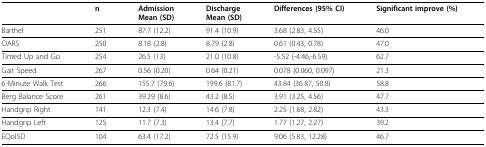
<table><thead><tr><td></td><td><b>n</b></td><td><b>AdmissionMean (SD)</b></td><td><b>DischargeMean (SD)</b></td><td><b>Differences (95% CI)</b></td><td><b>Significant improve (%)</b></td></tr></thead><tbody><tr><td>Barthel</td><td>251</td><td>87.7 (12.2)</td><td>91.4 (10.9)</td><td>3.68 (2.83, 4.55)</td><td>46.0</td></tr><tr><td>OARS</td><td>250</td><td>8.18 (2.8)</td><td>8.79 (2.8)</td><td>0.61 (0.43, 0.78)</td><td>47.0</td></tr><tr><td>Timed Up and Go</td><td>254</td><td>26.5 (13)</td><td>21.0 (10.8)</td><td>-5.52 (-4.46,-6.59)</td><td>62.7</td></tr><tr><td>Gait Speed</td><td>267</td><td>0.56 (0.20)</td><td>0.64 (0.21)</td><td>0.078 (0.060, 0.097)</td><td>21.3</td></tr><tr><td>6-Minute Walk Test</td><td>266</td><td>155.7 (79.6)</td><td>199.6 (81.7)</td><td>43.84 (36.87, 50.8)</td><td>58.8</td></tr><tr><td>Berg Balance Score</td><td>261</td><td>39.29 (8.6)</td><td>43.2 (8.5)</td><td>3.91 (3.25, 4.56)</td><td>47.7</td></tr><tr><td>Handgrip Right</td><td>141</td><td>12.3 (7.4)</td><td>14.6 (7.8)</td><td>2.25 (1.68, 2.82)</td><td>43.3</td></tr><tr><td>Handgrip Left</td><td>125</td><td>11.7 (7.3)</td><td>13.4 (7.7)</td><td>1.77 (1.27, 2.27)</td><td>39.2</td></tr><tr><td>EQol5D</td><td>104</td><td>63.4 (17.2)</td><td>72.5 (15.9)</td><td>9.06 (5.83, 12.28)</td><td>46.7</td></tr></tbody></table>